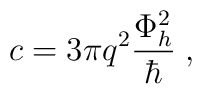
c=3\pi q^2\frac{\Phi_h^2}{\hbar} \;,